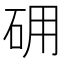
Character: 砽